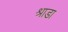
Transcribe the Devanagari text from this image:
श्राडा